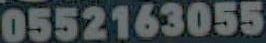
0552163055